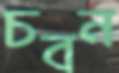
চবন